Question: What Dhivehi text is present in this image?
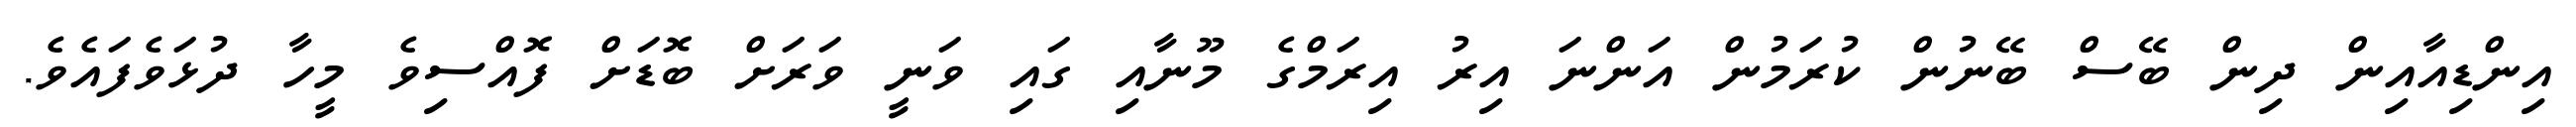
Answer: އިންޑިއާއިން ދިން ބޭސް ބޭނުން ކުރަމުން އަންނަ އިރު އިރަމްގެ މޫނާއި ގައި ވަނީ ވަރަށް ބޮޑަށް ފޮއްސިވެ މީހާ ދުޅަވެފައެވެ.